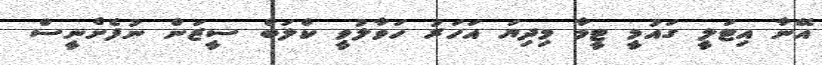
އޭނާ އިޓަލީ ގައުމީ ޓީމާ މިދިޔަ އަހަރު ހަވާލުވީ ކްލަބް ސީޒަން ނުފެށެނީސް